Lunatic asylums Punjab 1868-1880 - 1868-1880
Year: 1868
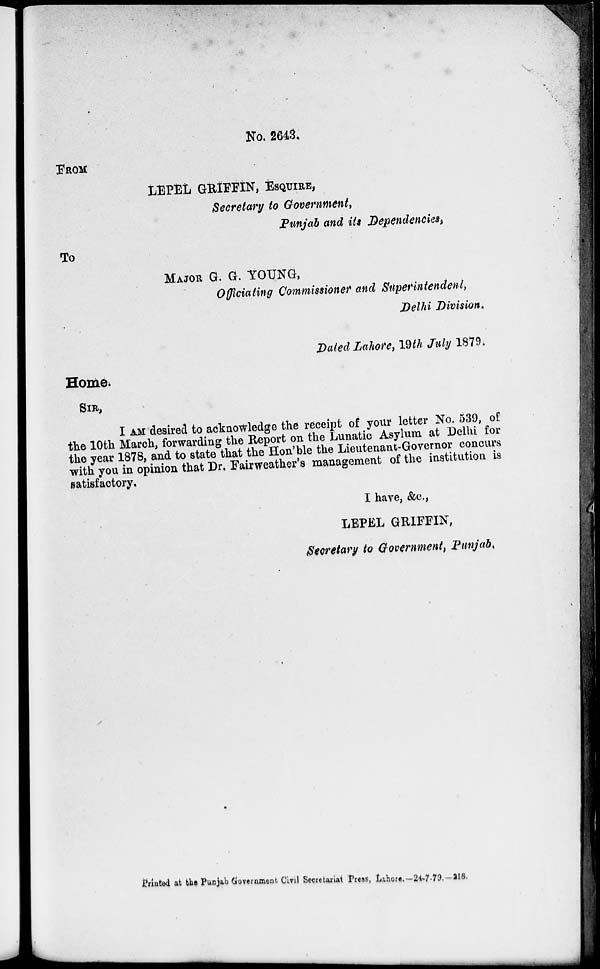
No. 2643.
FROM
LEPEL GRIFFIN, ESQUIRE,
Secretary to Government,
Punjab and its Dependencies,
To
MAJOR G. G. YOUNG,
Officiating Commissioned and Superintendent,
Delhi Division.
Dated Lahore, 19th July 1879.
Home.
SIR,
I am desired to acknowledge the receipt of your letter No. 539, of
the 10th March, forwarding the Report on the Lunatic Asylum at Delhi for
the year 1878, and to state that the Hon'ble the Lieutenant-Governor concurs
with you in opinion that Dr. FAIRWEATHER' s management of the institution is
satisfactory.
I have, &c.,
LEPEL GRIFFIN,
Secretary to Government, Punjab.
Printed at the Punjab Government Civil Secretariat Press, Lahore.-24-7-79.-218.